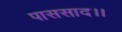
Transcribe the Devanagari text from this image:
पाससाद।।